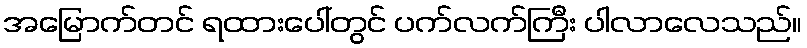
အမြောက်တင် ရထားပေါ်တွင် ပက်လက်ကြီး ပါလာလေသည်။